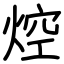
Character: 焢